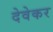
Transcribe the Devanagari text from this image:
देवेकर